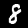
Digit: 8